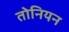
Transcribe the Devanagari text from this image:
तोनियन